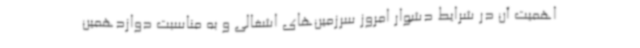
اهمیت آن در شرایط دشوار امروز سرزمین‌های اشغالی و به مناسبت دوازدهمین